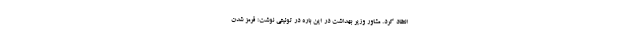
انتقاد کرد. مشاور وزیر بهداشت در این باره در توئیتی نوشت: قرمز شدن